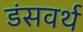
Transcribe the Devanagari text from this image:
डंसवर्थ